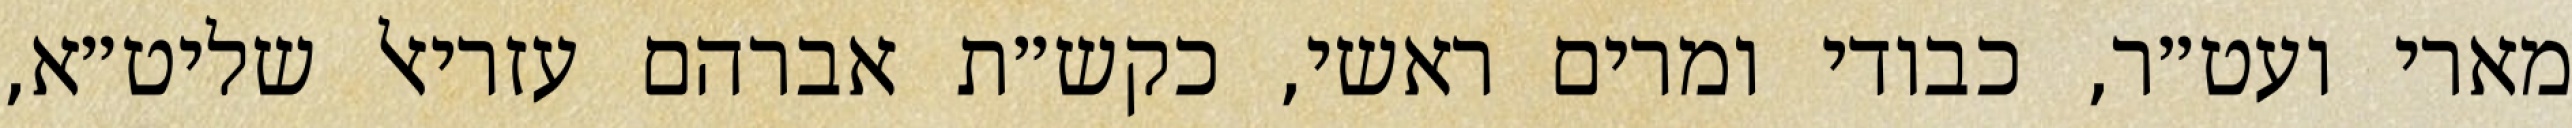
מארי ועט״ר, כבודי ומרים ראשי, כקש״ת אברהם עזריאל שליט״א,